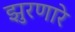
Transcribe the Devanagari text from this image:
झुरणारे